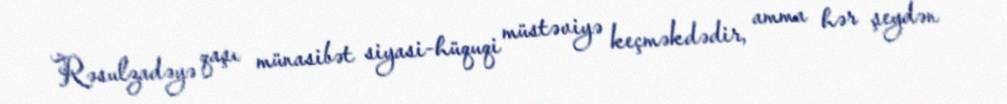
Rəsulzadəyə qaşı münasibət siyasi-hüquqi müstəviyə keçməkdədir, amma hər şeydən